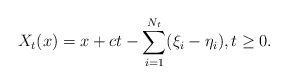
\begin{align*} X_t(x) =x+ct-\sum_{i=1}^{N_t}(\xi_i-\eta_i), t\ge0.\end{align*}